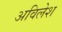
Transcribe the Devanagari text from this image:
अविलेश